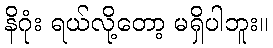
နိဂုံး ရယ်လို့တော့ မရှိပါဘူး။